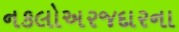
નકલોઅરજદારના